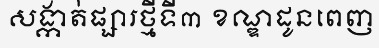
សង្កាត់ផ្សារថ្មីទី៣ ខណ្ឌដូនពេញ